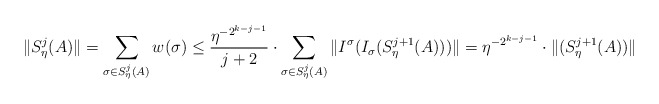
\begin{align*} \|S_\eta^j(A)\| = \sum_{\sigma \in S_\eta^j(A)} w(\sigma) \leq \frac{\eta^{-2^{k-j-1}}}{j+2} \cdot \sum_{\sigma \in S_\eta^j(A)} \|I^\sigma(I_\sigma(S_\eta^{j+1}(A)))\|= \eta^{-2^{k-j-1}} \cdot \|(S_\eta^{j+1}(A))\|\end{align*}